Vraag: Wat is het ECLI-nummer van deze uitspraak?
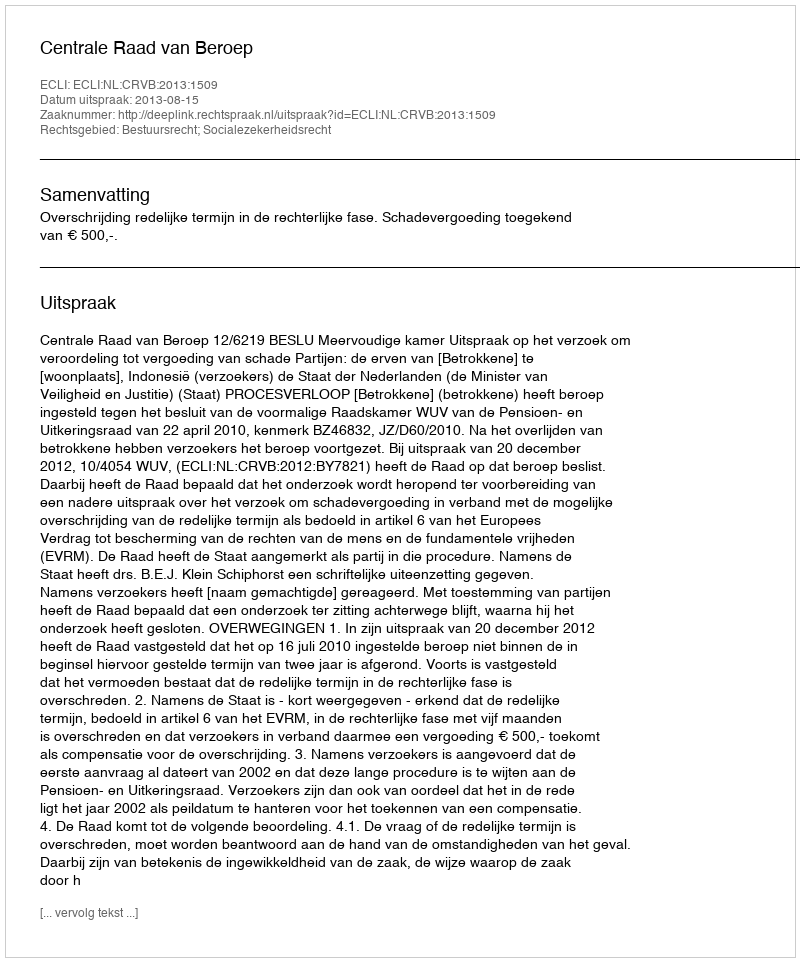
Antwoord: ECLI:NL:CRVB:2013:1509